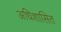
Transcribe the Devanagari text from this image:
अधिशासित